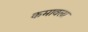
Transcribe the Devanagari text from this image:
कमावला